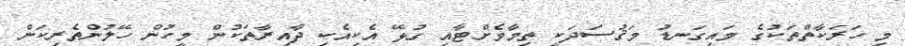
މި ހަރަކާތްތަކުގެ މައިގަނޑު މަޤުސަދަކީ ތިމާވެށްޓާއި ގުޅޭ އެކިއެކި ދާއިރާތަކުން މީހުން ހޭލުންތެރިކަން